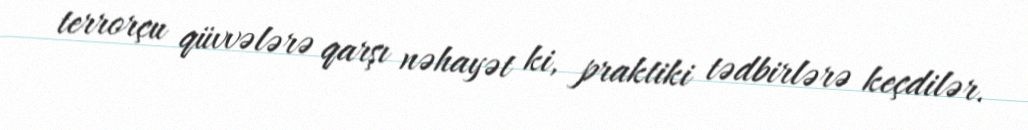
terrorçu qüvvələrə qarşı nəhayət ki, praktiki tədbirlərə keçdilər.